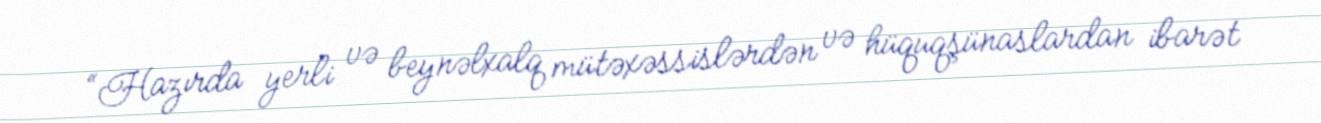
“Hazırda yerli və beynəlxalq mütəxəssislərdən və hüquqşünaslardan ibarət